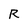
Character: R